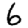
Digit: 6